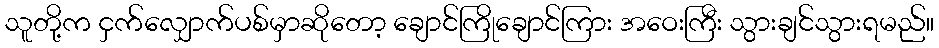
သူတို့က ငှက်လျှောက်ပစ်မှာဆိုတော့ ချောင်ကြိုချောင်ကြား အဝေးကြီး သွားချင်သွားရမည်။